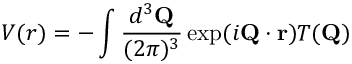
V ( r ) = - \int { \frac { d ^ { 3 } { \bf Q } } { ( 2 \pi ) ^ { 3 } } } \exp ( i { \bf Q } \cdot { \bf r } ) T ( { \bf Q } )